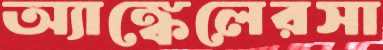
অ্যাঙ্কেলেরসা